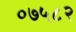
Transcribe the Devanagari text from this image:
०७५८२